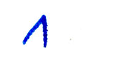
8